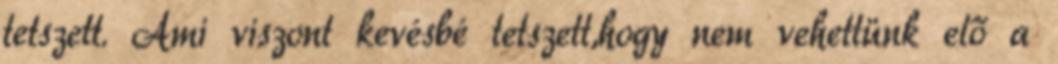
tetszett. Ami viszont kevésbé tetszett,hogy nem vehettünk elő a